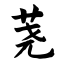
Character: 荛